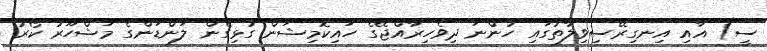
ސީ) އާއި އިނގިރޭސިވިލާތުގައި ހުންނަ ދިވެހިރާއްޖޭގެ ހައިކޮމިޝަން ގުޅިގެން ލަންޑަންގެ މަޝްހޫރު ކޯރު